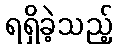
ရရှိခဲ့သည့်